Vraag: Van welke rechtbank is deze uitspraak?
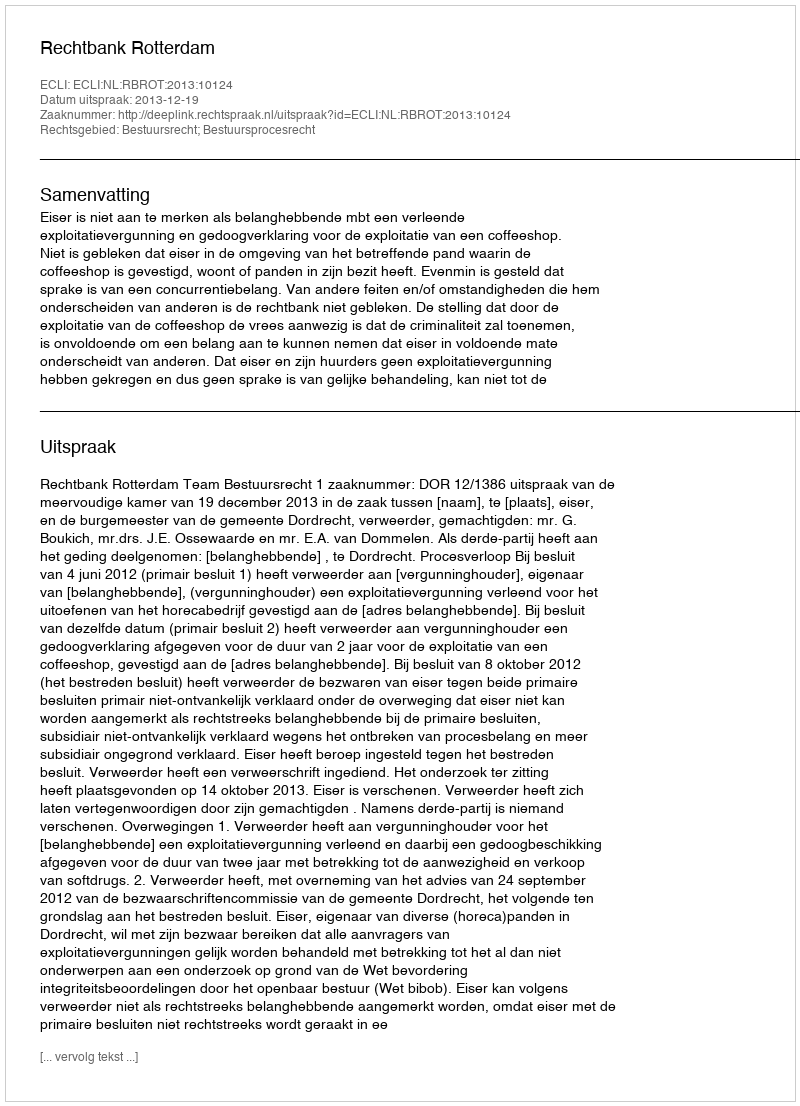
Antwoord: Rechtbank Rotterdam